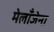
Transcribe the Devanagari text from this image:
मेलाँजेना